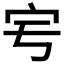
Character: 𡧈